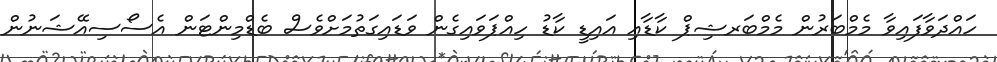
ހައްދަވާފައިވާ މެމްބަރުން މެމްބަރޝިޕް ކާޑާއި އައިޑީ ކާޑު ހިއްޕަވައިގެން ވަޑައިގަތުމަށްވެސް ބެޑްމިންޓަން އެސޯސިއޭޝަނުން